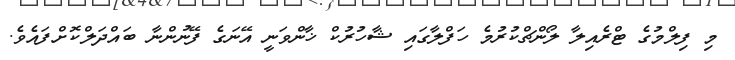
މި ފިލްމުގެ ޓްރެއިލާ ލޯންޗްކުރުމެ ހަފްލާގައި ޝާހުރުކް ޚާންވަނީ އޭނަގެ ފޭނުންނާ ބައްދަލްކޮށްފައެވެ.